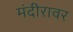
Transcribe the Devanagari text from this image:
मंदीरावर